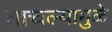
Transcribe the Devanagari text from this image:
वाचल्यामुळे